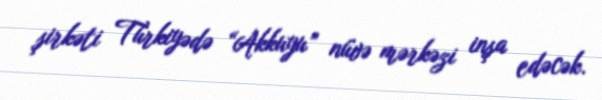
şirkəti Türkiyədə “Akkuyu” nüvə mərkəzi inşa edəcək.